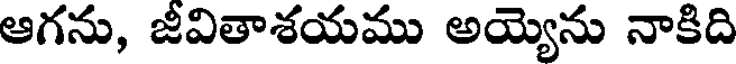
ఆగను, జీవితాశయము అయ్యెను నాకిది